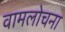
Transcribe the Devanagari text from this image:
वामलोचना